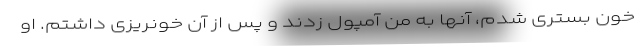
خون بستری شدم، آنها به من آمپول زدند و پس از آن خونریزی داشتم. او